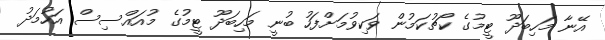
އޭނާ މަހިބަދޫ ޓީމުގެ ކޯޗުކަމުން ވަކިވުމަށްފަހު ބުނީ މަހިބަދޫ ޓީމުގެ މުއައްސިސް އަހުމަދު